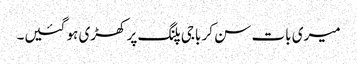
میری بات سن کر باجی پلنگ پر کھڑی ہو گئیں۔